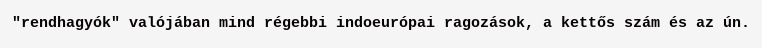
"rendhagyók" valójában mind régebbi indoeurópai ragozások, a kettős szám és az ún.